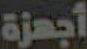
أجهزة